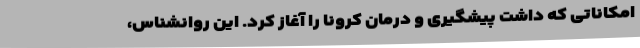
امکاناتی که داشت پیشگیری و درمان کرونا را آغاز کرد. این روانشناس،